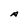
Character: A